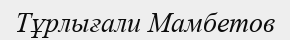
Тұрлығали Мамбетов